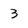
Character: 3